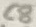
Text: C8